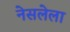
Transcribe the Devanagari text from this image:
नेसलेला